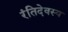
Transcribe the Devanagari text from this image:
रंतिदेवस्य